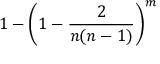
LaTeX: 1 - \left( 1 - { \frac { 2 } { n ( n - 1 ) } } \right) ^ { m }